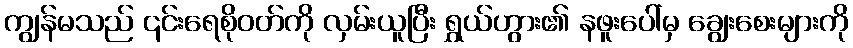
ကျွန်မသည် ၎င်းရေစိုဝတ်ကို လှမ်းယူပြီး ရွှယ်ဟွား၏ နဖူးပေါ်မှ ချွေးစေးများကို